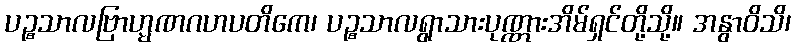
ပဉ္စသာလဗြာဟ္မဏဂဟပတိကေ၊ ပဉ္စသာလရွာသားပုဏ္ဏားအိမ်ရှင်တို့သို့။ အနွာဝိသိ၊